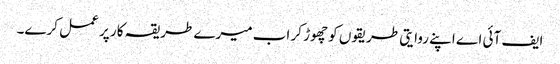
ایف آئی اے اپنے روایتی طریقوں کو چھوڑ کر اب میرے طریقہ کار پر عمل کرے۔